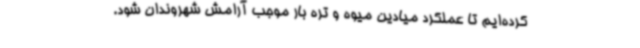
کرده‌ایم تا عملکرد میادین میوه و تره بار موجب آرامش شهروندان شود.